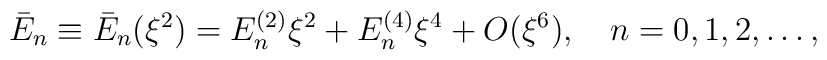
\bar{E}_n\equiv\bar{E}_n(\xi^2)=E^{(2)}_n\xi^2+E^{(4)}_n\xi^4 +O(\xi^6),\quad n=0,1,2,\dots,